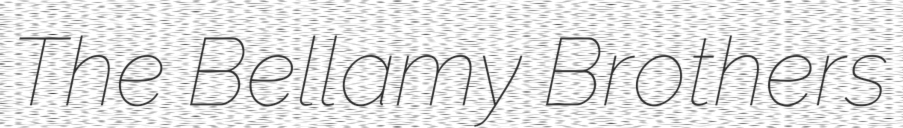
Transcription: The Bellamy Brothers